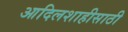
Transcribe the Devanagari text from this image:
आदिलशाहीसाठी